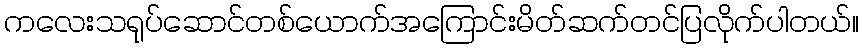
ကလေးသရုပ်ဆောင်တစ်ယောက်အကြောင်းမိတ်ဆက်တင်ပြလိုက်ပါတယ်။